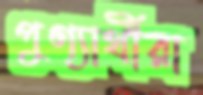
পুণ্যার্থীরা